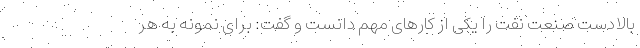
بالادست صنعت نفت را یکی از کارهای مهم دانست و گفت: برای نمونه به هر